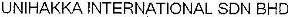
UNIHAKKA INTERNATIONAL SDN BHD